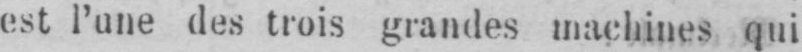
est l’une des trois grandes machines qui